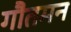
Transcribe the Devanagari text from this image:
गौतमन